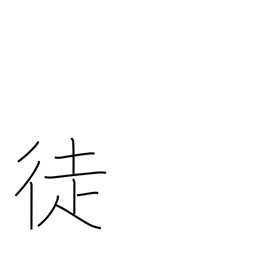
Meaning: people